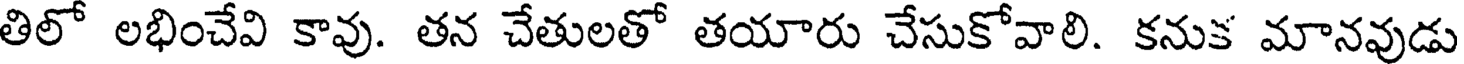
తిలో లభించేవి కావు. తన చేతులతో తయారు చేసుకోవాలి. కనుక మానవుడు